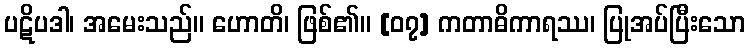
ပဋိပဒါ၊ အမေးသည်။ ဟောတိ၊ ဖြစ်၏။ [၀၇] ကတာဓိကာရဿ၊ ပြုအပ်ပြီးသော